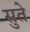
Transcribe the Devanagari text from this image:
सुते